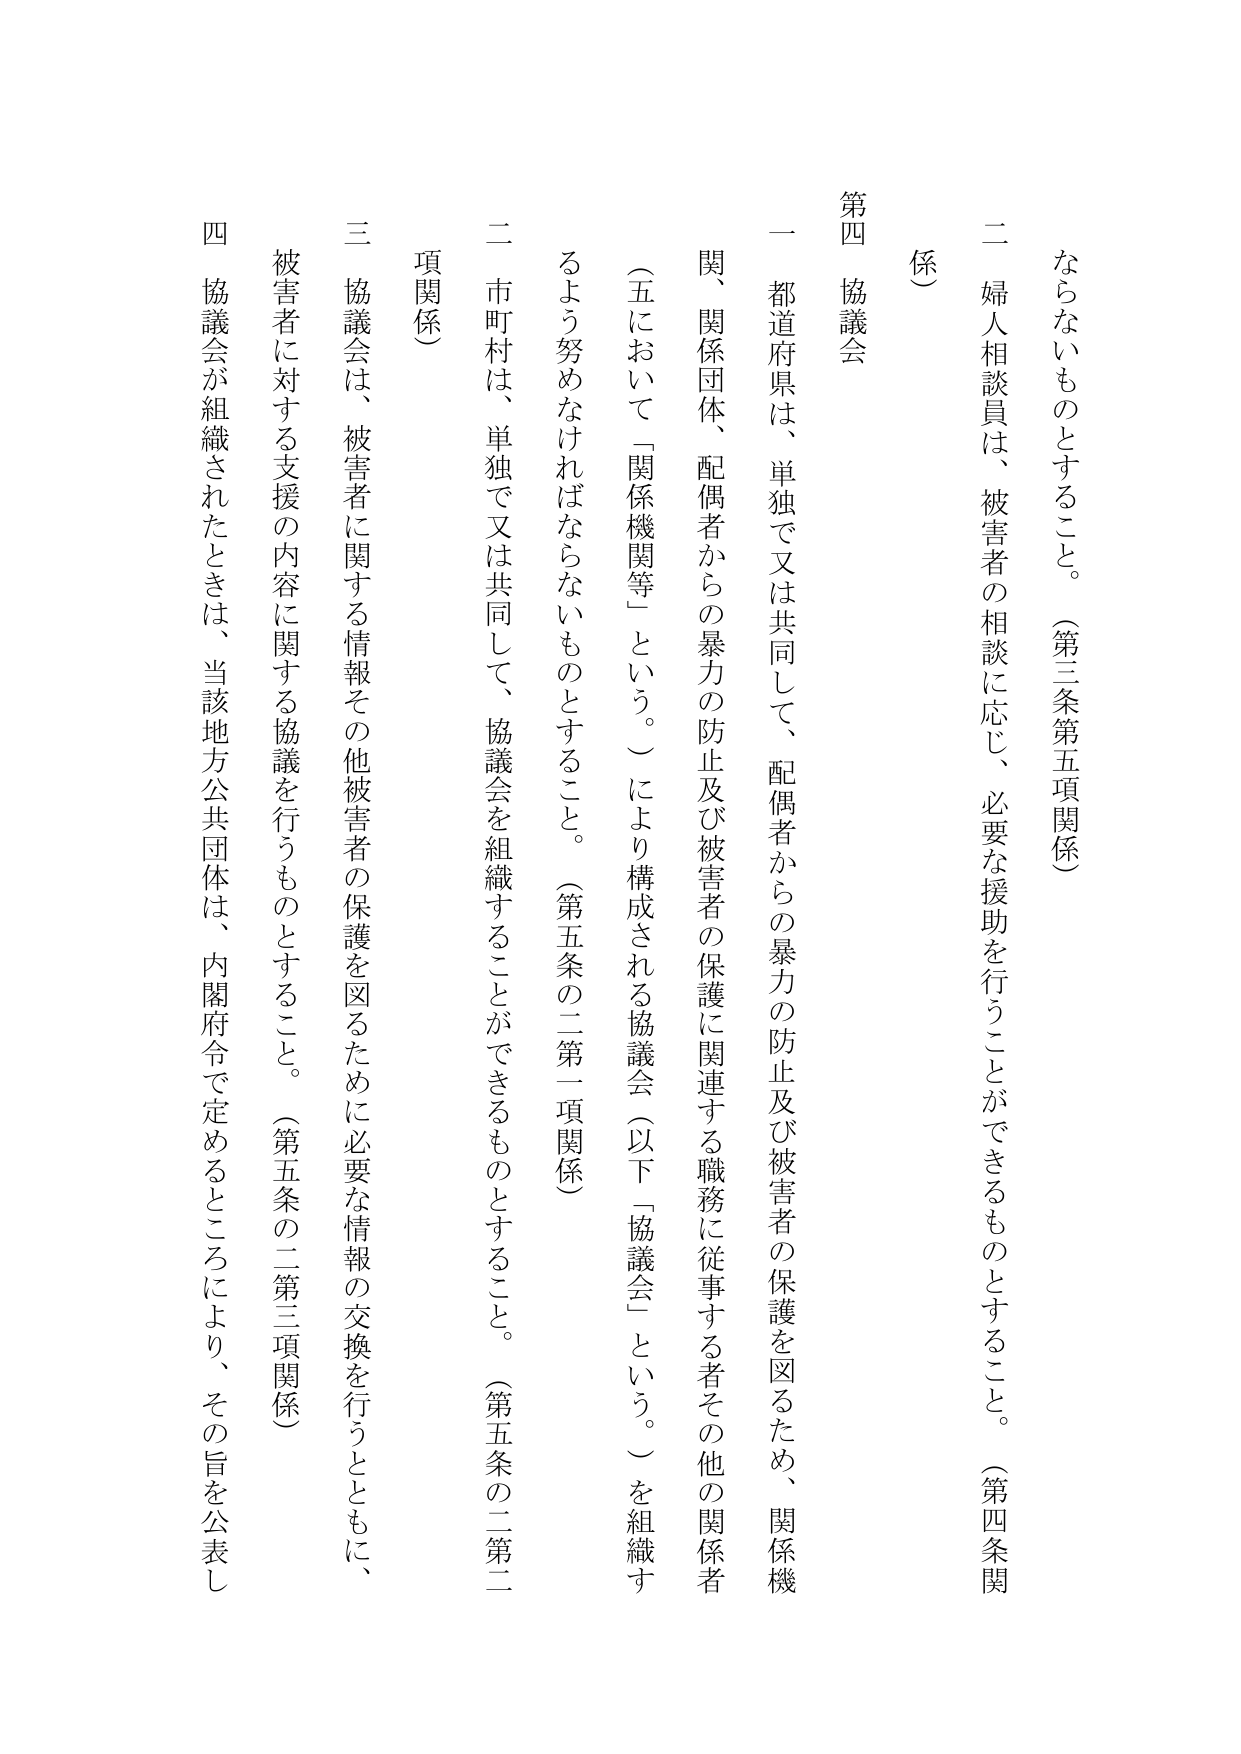
ならないものとすること。（第三条第五項関係）

二 婦人相談員は、被害者の相談に応じ、必要な援助を行うことができるものとすること。（第四条関係）

第四 協議会

一 都道府県は、単独で又は共同して、配偶者からの暴力の防止及び被害者の保護を図るため、関係機関、関係団体、配偶者からの暴力の防止及び被害者の保護に関連する職務に従事する者その他の関係者（五において「関係機関等」という。）により構成される協議会（以下「協議会」という。）を組織するよう努めなければならないものとすること。（第五条の二第一項関係）

二 市町村は、単独で又は共同して、協議会を組織することができるものとすること。（第五条の二第二項関係）

三 協議会は、被害者に関する情報その他被害者の保護を図るために必要な情報の交換を行うとともに、被害者に対する支援の内容に関する協議を行うものとすること。（第五条の二第三項関係）

四 協議会が組織されたときは、当該地方公共団体は、内閣府令で定めるところにより、その旨を公表し